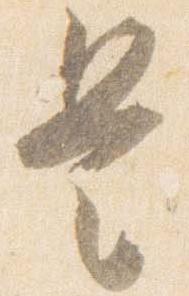
是